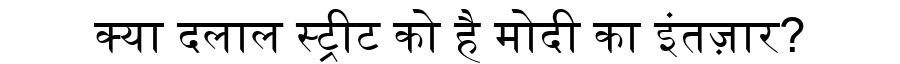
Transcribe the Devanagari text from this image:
क्या दलाल स्ट्रीट को है मोदी का इंतज़ार?